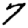
Digit: 7